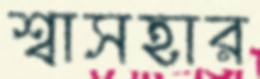
শ্বাসহার